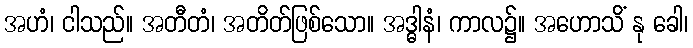
အဟံ၊ ငါသည်။ အတီတံ၊ အတိတ်ဖြစ်သော။ အဒ္ဓါနံ၊ ကာလ၌။ အဟောသိံ နု ခေါ၊